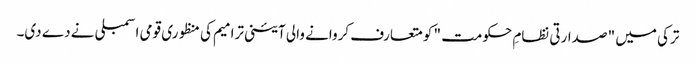
ترکی میں " صدارتی نظامِ حکومت " کو متعارف کروانے والی آئینی ترامیم کی منظوری قومی اسمبلی نے دے دی۔